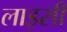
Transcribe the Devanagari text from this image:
लाइसी